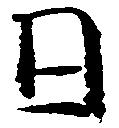
日